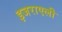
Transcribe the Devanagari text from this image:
इजराएली